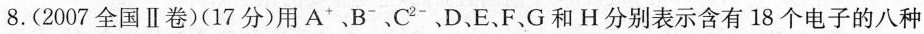
8.(2007全国Ⅱ卷)(17分)用A^{+}、B^{-}、C^{2-}、D、E、F、G和H分别表示含有18个电子的八种